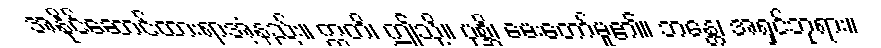
အနိုင်ဆောင်ထားရာအံ့နည်း။ ဣတိ၊ ဤသို့။ ပုစ္ဆိ၊ မေးတော်မူ၏။ ဘန္တေ၊ အရှင်ဘုရား။